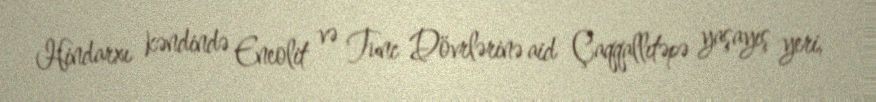
Hindarxı kəndində Eneolit və Tunc Dövrlərinə aid Çaqqallıtəpə yaşayış yeri,